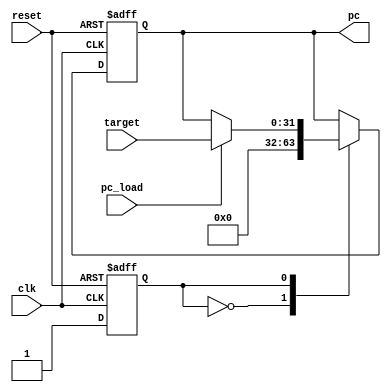

module PC #(
    parameter first_address = 0,
    parameter pc_inc = 4
)(
    input wire clk,
    input wire reset,
    input wire [31:0] target,
	 input wire pc_load,
    output reg [31:0] pc
);

reg state = 1'b0;

always @(posedge clk or posedge reset) begin

    if (reset) begin
        pc <= 32'b00000000000000000000000000000000;
		  state=1'b0;
		  
    end
	 else begin
        case (state)
            1'b0: begin
                state <= 1'b1;
                pc <= first_address;
            end
            1'b1: begin
                if (pc_load) begin
                    pc <= target;
            end 
            end
            default: begin
                state <= 1'b0;
                pc <= 32'h00000000;
            end
        endcase
    end
end

endmodule


































//module PC #(
//    parameter first_address = 0,
//    parameter pc_inc = 4
//)(
//    input wire clk,
//    input wire reset,
//    input wire [31:0] target,
//	 input wire pc_load,
//    output reg [31:0] pc
//);
//
//reg [1:0] state = 2'b00;
//
//
////FSM Style
//always @(posedge clk or posedge reset) begin
//
//    if (reset) begin
//        pc <= 32'bxxxxxxxxxxxxxxxxxxxxxxxxxxxxxxxx;
//		  state=2'b00;
//		  
//    end else begin
//        case (state)
//            2'b00: begin
//                state <= 2'b01;
//                pc <= first_address;
//            end
//            2'b01: begin
//                if (pc_load) begin
//                    pc <= target;
//				
//									end 
//					 if(target == 32'b00000000000000000000000001111100) begin
//						state <= 2'b10;
//						 
//									end
//            end
//				
//				2'b10: begin
//						pc<= 32'b00000000000000000000000001111100;
//						
//				
//						end
//// target == 32'b11111111111111111111111111111111				
//				
//            default: begin
//                state <= 1'b0;
//                pc <= 32'h00000000;
//            end
//        endcase
//    end
//end
//
//endmodule